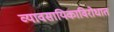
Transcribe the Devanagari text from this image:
व्यावसायिकाविरोधात